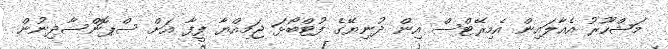
މަޝްހޫރު އެއާލައިން އެމިރޭޓްސް އިން ދުނިޔޭގެ ފުޓްބޯޅަ ޖަމިއްޔާ ފީފާ އަށް ސްޕޮންސާދިނުން